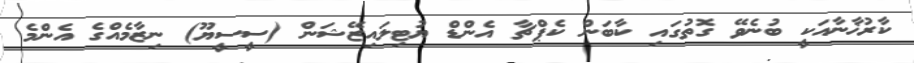
ކާރުޚާނާއަކީ ބުނެވޭ ގޮތުގައި ކާބަން ކެޕްޗާ އެންޑް ޔުޓިލައިޒޭޝަން (ސީސީޔޫ) ނިޒާމެއްގެ އެންމެ